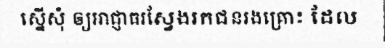
ស្នើសុំ ឲ្យអាជ្ញាធរស្វែងរកជនរងគ្រោះ ដែល